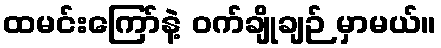
ထမင်းကြော်နဲ့ ဝက်ချိုချဉ် မှာမယ်။